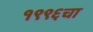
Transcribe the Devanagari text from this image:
१९९६चा